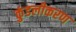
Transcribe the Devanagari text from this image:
कुंडलीकरण